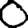
Digit: 0